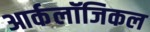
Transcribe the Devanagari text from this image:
आर्कलॉजिकल